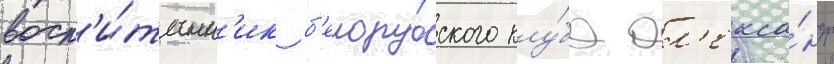
восп'и́танн'ик б'елору́сского клу́ба ал'екса́ндр